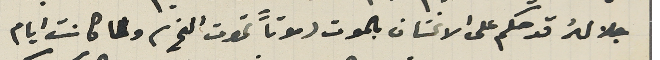
جلالهُ قد حكم على الانسَان بالموت (موتاً تموت الخ) ولما كانت ايام